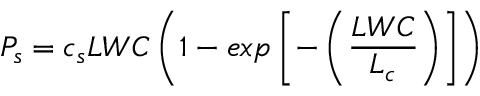
P _ { s } = c _ { s } L W C \left( 1 - e x p \left[ - \left( \frac { L W C } { L _ { c } } \right) \right] \right)